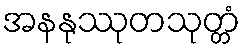
အနနုဿုတသုတ္တံ